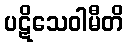
ပဋိသေဝါမီတိ